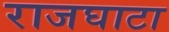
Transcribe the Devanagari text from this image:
राजघाटा